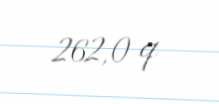
262,0 q